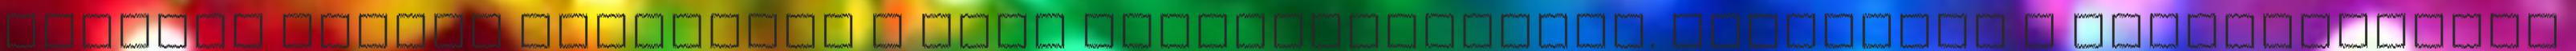
Kifogás esetén forduljon a blog szerkesztőjéhez. Részletek a Felhasználási